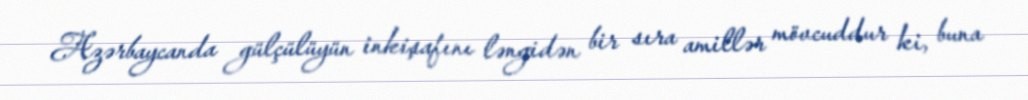
Azərbaycanda gülçülüyün inkişafını ləngidən bir sıra amillər mövcuddur ki, buna